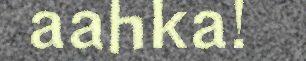
aahka!